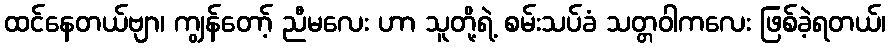
ထင်နေတယ်ဗျာ၊ ကျွန်တော့် ညီမလေး ဟာ သူတို့ရဲ့ စမ်းသပ်ခံ သတ္တဝါကလေး ဖြစ်ခဲ့ရတယ်၊